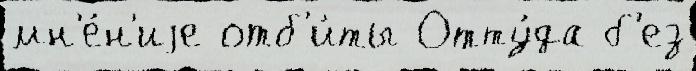
мн'е́н'иjе отб'и́ты Отту́да б'ез